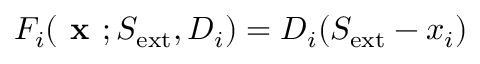
F _ { i } ( \textbf { x } ; S _ { \mathrm { e x t } } , D _ { i } ) = D _ { i } ( S _ { \mathrm { e x t } } - x _ { i } )